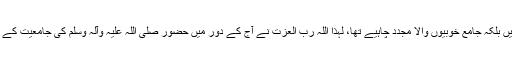
ان ہمہ جہت خرابیوں کی وجہ سے آج تنہا خوبیوں والا مجدد نہیں بلکہ جامع خوبیوں والا مجدد چاہیے تھا، لہذا اللہ رب العزت نے آج کے دور میں حضور صلی اللہ علیہ وآلہ وسلم کی جامعیت کے فیض کا امین شیخ الاسلام ڈاکٹر محمدطاہر القادری کو بھیج دیا۔